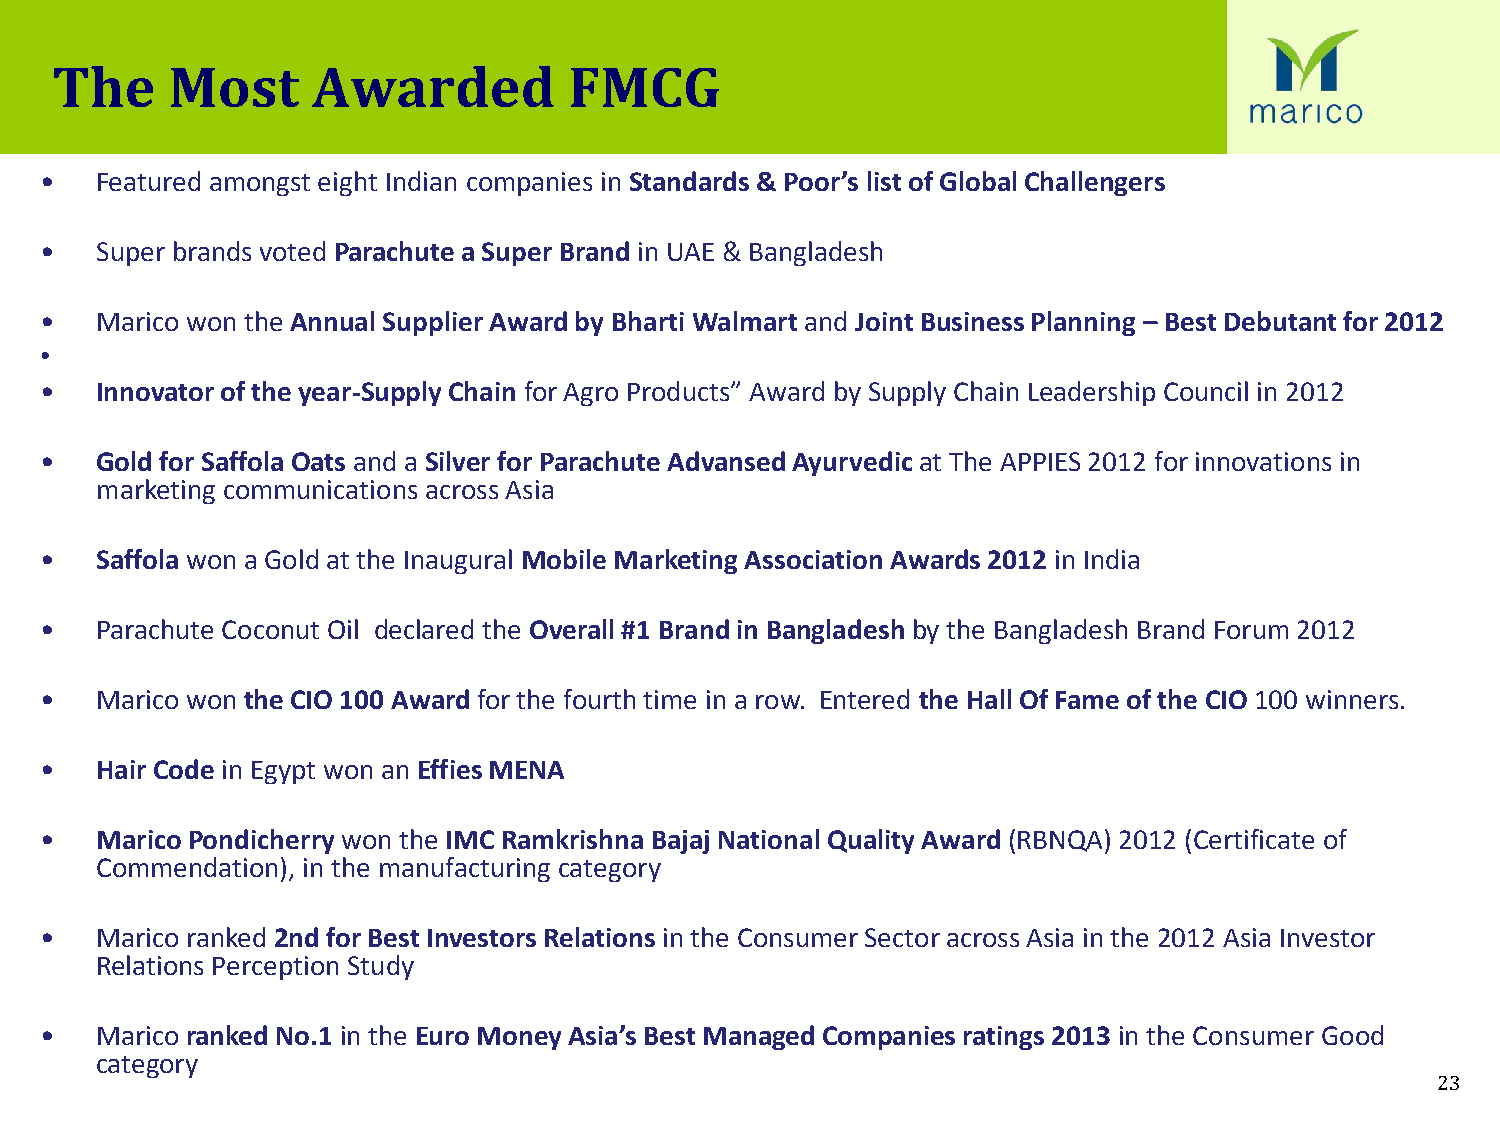
The     Most      Awarded          FMCG
 •  Featured amongst eight Indian companies in Standards & Poor’s list of Global Challengers
 •  Super brands voted Parachute a Super Brand in UAE & Bangladesh
 •  Marico won the Annual Supplier Award by Bharti Walmart and Joint Business Planning – Best Debutant for 2012
 •
 •  Innovator of the year-Supply Chain for Agro Products” Award by Supply Chain Leadership Council in 2012
 •  Gold for Saffola Oats and a Silver for Parachute Advansed Ayurvedic at The APPIES 2012 for innovations in
 marketing communications across Asia
 •  Saffola won a Gold at the Inaugural Mobile Marketing Association Awards 2012 in India
 •  Parachute Coconut Oil declared the Overall #1 Brand in Bangladesh by the Bangladesh Brand Forum 2012
 •  Marico won the CIO 100 Award for the fourth time in a row. Entered the Hall Of Fame of the CIO 100 winners.
 •  Hair Code in Egypt won an Effies MENA
 •  Marico Pondicherry won the IMC Ramkrishna Bajaj National Quality Award (RBNQA) 2012 (Certificate of
 Commendation), in the manufacturing category
 •  Marico ranked 2nd for Best Investors Relations in the Consumer Sector across Asia in the 2012 Asia Investor
 Relations Perception Study
 •  Marico ranked No.1 in the Euro Money Asia’s Best Managed Companies ratings 2013 in the Consumer Good
 category
 23